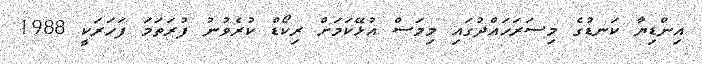
އިންޑިޔާ ކަނޑުގެ މިސަރަހައްދުގައި މިމަސް އުޅޭކަމަށް ރިކޯޑް ކުރެވުނު ފުރަތަމަ ފަހަރަކީ 1988